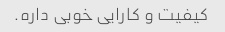
کیفیت و کارایی خوبی داره.